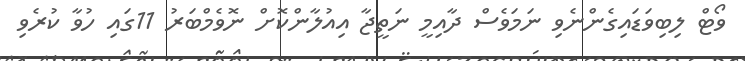
ވޯޓް ލިބިވަޑައިގެންނެވި ނަމަވެސް ދާއިމީ ނަތީޖާ އިއުލާންކޮށް ނޮވެމްބަރު 11ގައި ހުވާ ކުރެވި